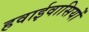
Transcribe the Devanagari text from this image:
हवाईवासियों